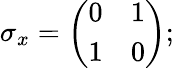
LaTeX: \sigma_{x}={\biggl(}{\begin{array}{ll}{0}&{1}\\ {1}&{0}\end{array}}{\biggr)};